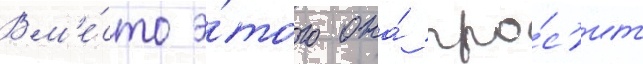
Вм'е́сто э́того она́ про́с'ит